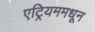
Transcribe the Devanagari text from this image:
एट्रियममधून